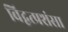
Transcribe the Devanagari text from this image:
विद्वत्प्रशंसा